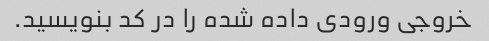
خروجی ورودی داده شده را در کد بنویسید.